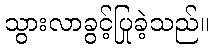
သွားလာခွင့်ပြုခဲ့သည်။